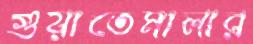
গুয়াতেমালার